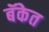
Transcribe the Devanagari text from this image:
बॅकेत